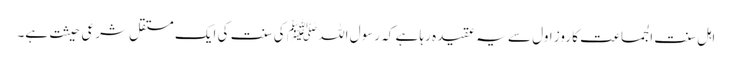
اہل سنت الجماعت کا روزِ اول سے یہ عقیدہ رہا ہے کہ رسول اللہ ﷺ کی سنت کی ایک مستقل شرعی حیثت ہے۔